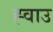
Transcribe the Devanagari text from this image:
ह्वाउ